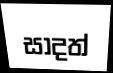
සාදත්